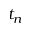
t _ { n }